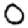
Digit: 0